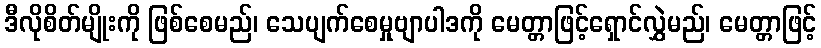
ဒီလိုစိတ်မျိုးကို ဖြစ်စေမည်၊ သေပျက်စေမှုဗျာပါဒကို မေတ္တာဖြင့်ရှောင်လွှဲမည်၊ မေတ္တာဖြင့်